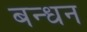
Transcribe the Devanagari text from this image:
बन्‍धन